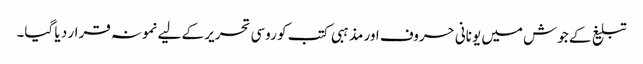
تبلیغ کے جوش میں یونانی حروف اور مذہبی کتب کو روسی تحریر کے لیے نمونہ قرار د یا گیا۔